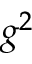
g ^ { 2 }